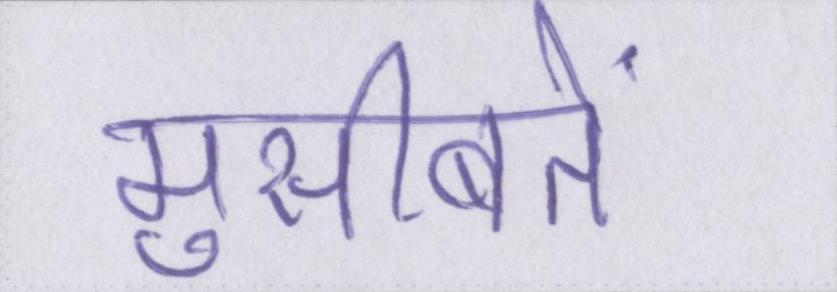
मुसीबतें